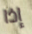
إذا